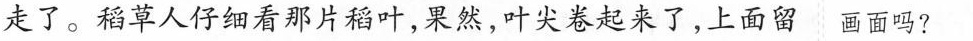
走了。稻草人仔细看那片稻叶，果然，叶尖卷起来了，上面留画面吗?